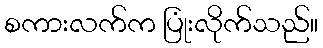
စကားလက်က ပြုံးလိုက်သည်။